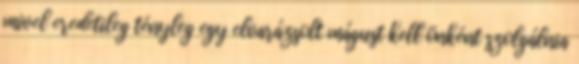
mivel eredetileg tényleg egy elvarázsolt mágust kell önként szolgálnia